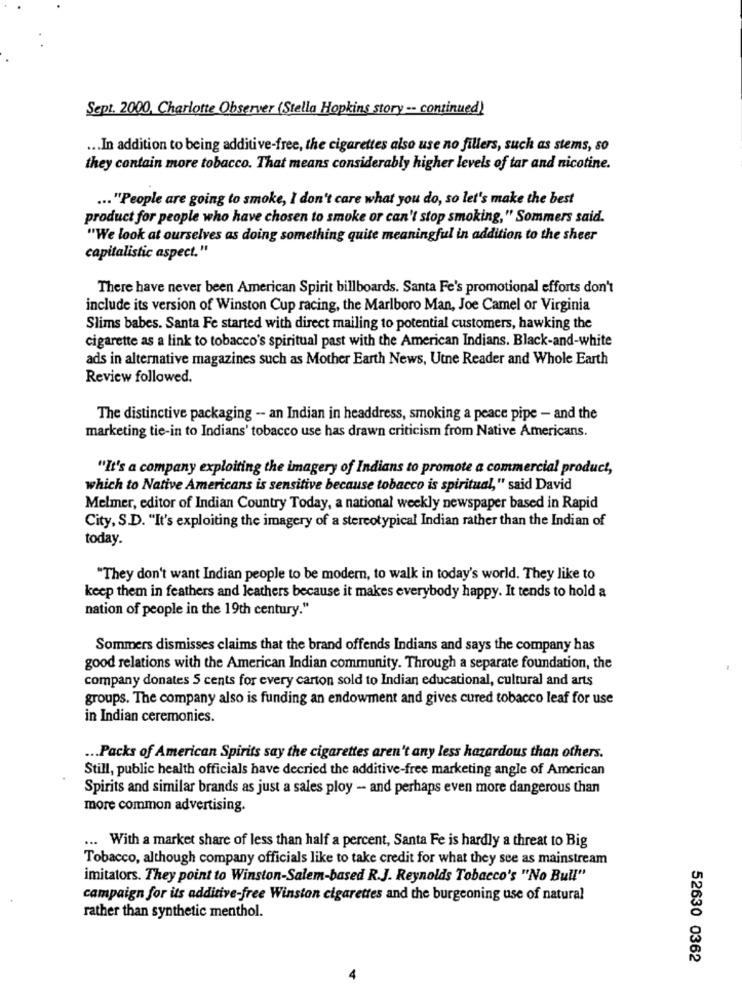
Sept. 2000, Charlotte Observer (Stella Hopkins story -- continued)
... In addition to being additive-free, the cigarettes also use no fillers, such as stems, so
they contain more tobacco. That means considerably higher levels of tar and nicotine.
... "People are going to smoke, I don't care what you do, so let's make the best
product for people who have chosen to smoke or can't stop smoking," Sommers said.
"We look at ourselves as doing something quite meaningful in addition to the sheer
capitalistic aspect."
There have never been American Spirit billboards. Santa Fe's promotional efforts don't
include its version of Winston Cup racing, the Marlboro Man, Joe Camel or Virginia
Slims babes. Santa Fe started with direct mailing to potential customers, hawking the
cigarette as a link to tobacco's spiritual past with the American Indians. Black-and-white
ads in alternative magazines such as Mother Earth News, Utne Reader and Whole Earth
Review followed.
The distinctive packaging -- an Indian in headdress, smoking a peace pipe - and the
marketing tie-in to Indians' tobacco use has drawn criticism from Native Americans.
"It's a company exploiting the imagery of Indians to promote a commercial product,
which to Native Americans is sensitive because tobacco is spiritual," said David
Melmer, editor of Indian Country Today, a national weekly newspaper based in Rapid
City, S.D. "It's exploiting the imagery of a stereotypical Indian rather than the Indian of
today.
"They don't want Indian people to be modern, to walk in today's world. They like to
keep them in feathers and leathers because it makes everybody happy. It tends to hold a
nation of people in the 19th century."
Sommers dismisses claims that the brand offends Indians and says the company has
good relations with the American Indian community. Through a separate foundation, the
company donates 5 cents for every carton sold to Indian educational, cultural and arts
groups. The company also is funding an endowment and gives cured tobacco leaf for use
in Indian ceremonies.
... Packs of American Spirits say the cigarettes aren't any less hazardous than others.
Still, public health officials have decried the additive-free marketing angle of American
Spirits and similar brands as just a sales ploy - and perhaps even more dangerous than
more common advertising.
... With a market share of less than half a percent, Santa Fe is hardly a threat to Big
Tobacco, although company officials like to take credit for what they see as mainstream
imitators. They point to Winston-Salem-based R.J. Reynolds Tobacco's "No Bull"
campaign for its additive-free Winston cigarettes and the burgeoning use of natural
rather than synthetic menthol.
52630 0362
4